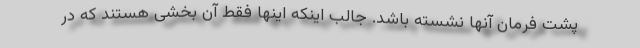
پشت فرمان آنها نشسته باشد. جالب اینکه اینها فقط آن بخشی هستند که در